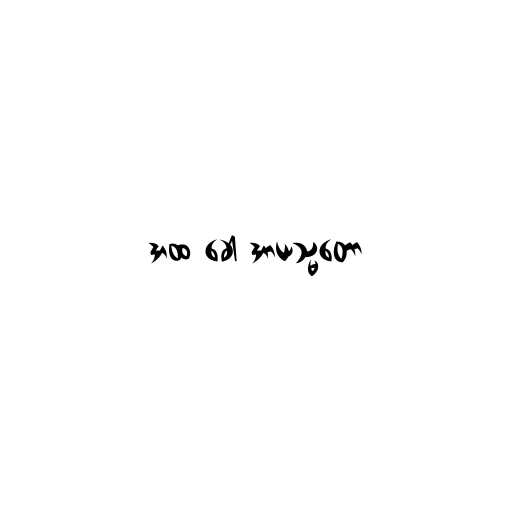
အထ ခေါ အာယသ္မတော